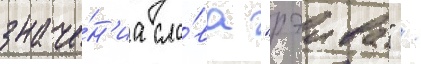
значе́н'иа сло́ва "рэива" /